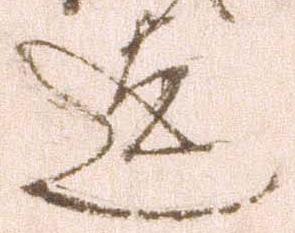
迄